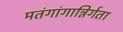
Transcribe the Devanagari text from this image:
मतंगांगान्निर्गता